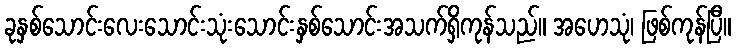
ခုနှစ်သောင်းလေးသောင်းသုံးသောင်းနှစ်သောင်းအသက်ရှိကုန်သည်။ အဟေသုံ၊ ဖြစ်ကုန်ပြီ။